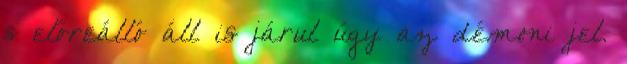
s előreálló áll is járul úgy az démoni jel.